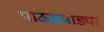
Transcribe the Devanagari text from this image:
पाऊसपाड्या